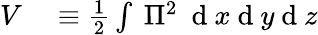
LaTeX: \begin{array}{rl}{V}&{{}\equiv\frac{1}{2}\int~\Pi^{2}~\mathrm{~d~}x\mathrm{~d~}y\mathrm{~d~}z}\end{array}